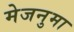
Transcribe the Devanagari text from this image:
मेजनुमा